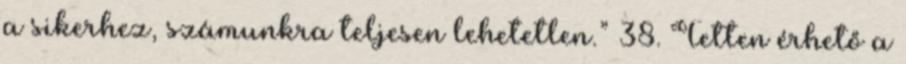
a sikerhez, számunkra teljesen lehetetlen.” 38. Tetten érhető a